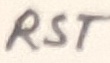
Text: RST